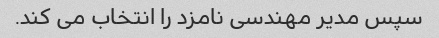
سپس مدیر مهندسی نامزد را انتخاب می کند.